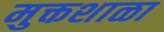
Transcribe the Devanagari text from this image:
मुक्तशाळा